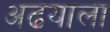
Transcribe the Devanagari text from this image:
अढयाला